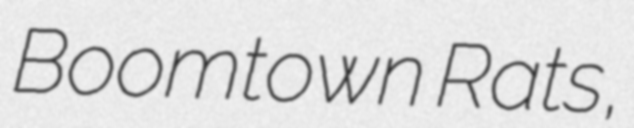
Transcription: Boomtown Rats,